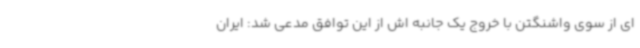
ای از سوی واشنگتن با خروج یک جانبه اش از این توافق مدعی شد: ایران